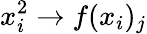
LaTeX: x_{i}^{2}\rightarrow f(x_{i})_{j}